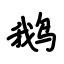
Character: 鹅